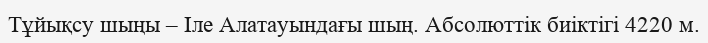
Тұйықсу шыңы – Іле Алатауындағы шың. Абсолюттік биіктігі 4220 м.